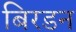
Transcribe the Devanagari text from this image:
बिरडन